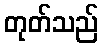
တုတ်သည်